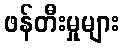
ဖန်တီးမှုများ